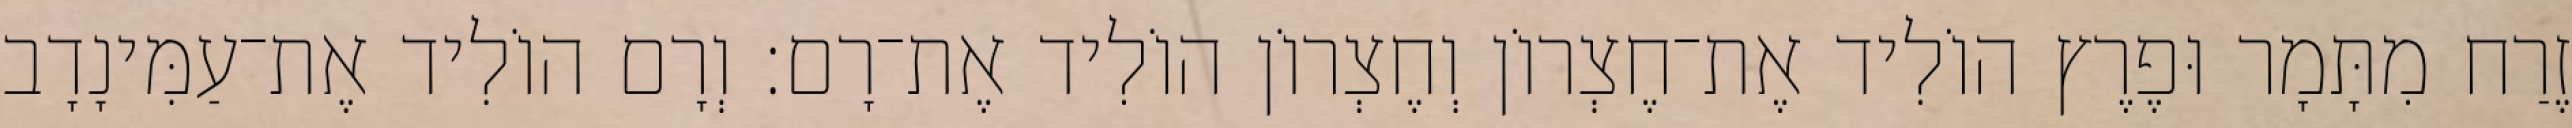
זֶרַח מִתָּמָר וּפֶרֶץ הוֹלִיד אֶת־חֶצְרוֹן וְחֶצְרוֹן הוֹלִיד אֶת־רָם׃ וְרָם הוֹלִיד אֶת־עַמִּינָדָב